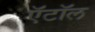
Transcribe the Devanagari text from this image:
ऍटॉल